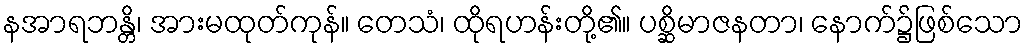
နအာရဘန္တိ၊ အားမထုတ်ကုန်။ တေသံ၊ ထိုရဟန်းတို့၏။ ပစ္ဆိမာဇနတာ၊ နောက်၌ဖြစ်သော